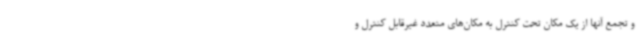
و تجمع آنها از یک مکان تحت کنترل به مکان‌های متعدد غیرقابل کنترل و